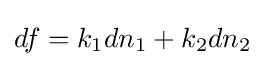
df=k_{1}dn_{1}+k_{2}dn_{2}